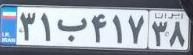
۳۱ب۴۱۷۳۸